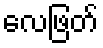
လေဖြတ်